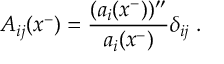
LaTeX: A _ { i j } ( x ^ { - } ) = \frac { ( a _ { i } ( x ^ { - } ) ) ^ { \prime \prime } } { a _ { i } ( x ^ { - } ) } \delta _ { i j } \; .